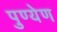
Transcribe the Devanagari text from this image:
पुण्येण